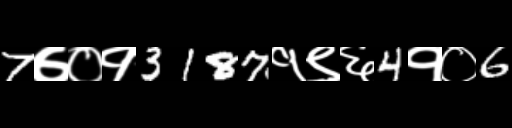
Text: 7७०१3187१९६4१०6